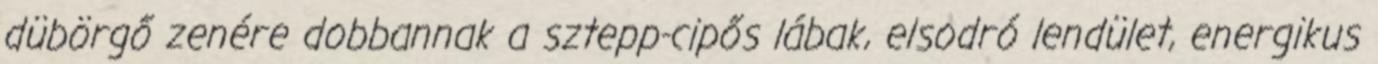
dübörgő zenére dobbannak a sztepp-cipős lábak, elsodró lendület, energikus